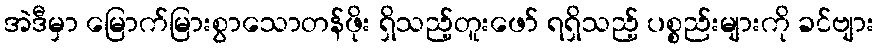
အဲဒီမှာ မြောက်မြားစွာသောတန်ဖိုး ရှိသည့်တူးဖော် ရရှိသည့် ပစ္စည်းများကို ခင်ဗျား